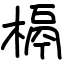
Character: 槅